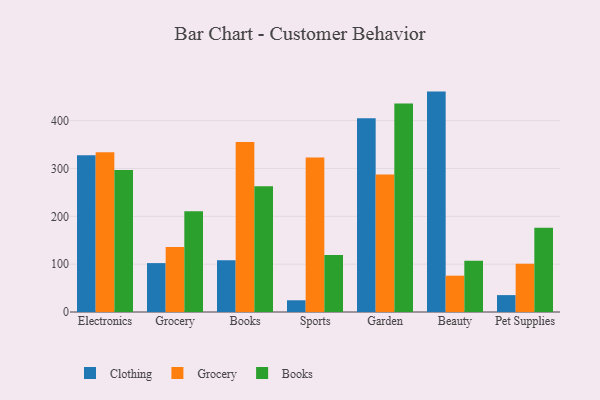
{"axis": {"x": "Category", "y": "Market Share (%)"}, "legend": ["Books", "Clothing", "Grocery"], "data": [{"x": "Electronics", "y": 327.8, "type": "Clothing"}, {"x": "Electronics", "y": 333.8, "type": "Grocery"}, {"x": "Electronics", "y": 296.7, "type": "Books"}, {"x": "Grocery", "y": 102.2, "type": "Clothing"}, {"x": "Grocery", "y": 135.7, "type": "Grocery"}, {"x": "Grocery", "y": 210.6, "type": "Books"}, {"x": "Books", "y": 108.4, "type": "Clothing"}, {"x": "Books", "y": 355.6, "type": "Grocery"}, {"x": "Books", "y": 263.1, "type": "Books"}, {"x": "Sports", "y": 24.5, "type": "Clothing"}, {"x": "Sports", "y": 322.7, "type": "Grocery"}, {"x": "Sports", "y": 119.0, "type": "Books"}, {"x": "Garden", "y": 405.2, "type": "Clothing"}, {"x": "Garden", "y": 287.3, "type": "Grocery"}, {"x": "Garden", "y": 435.8, "type": "Books"}, {"x": "Beauty", "y": 460.7, "type": "Clothing"}, {"x": "Beauty", "y": 75.9, "type": "Grocery"}, {"x": "Beauty", "y": 106.9, "type": "Books"}, {"x": "Pet Supplies", "y": 35.3, "type": "Clothing"}, {"x": "Pet Supplies", "y": 100.9, "type": "Grocery"}, {"x": "Pet Supplies", "y": 176.3, "type": "Books"}]}